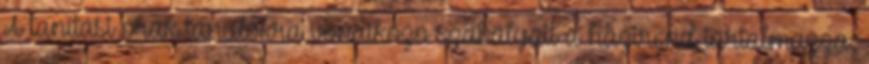
A tanítási órák tanulókra vonatkozó szabályait a házirend tartalmazza.